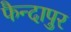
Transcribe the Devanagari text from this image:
फैन्दापुर